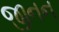
જીનન